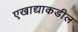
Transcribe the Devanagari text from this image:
एखाद्याकडील